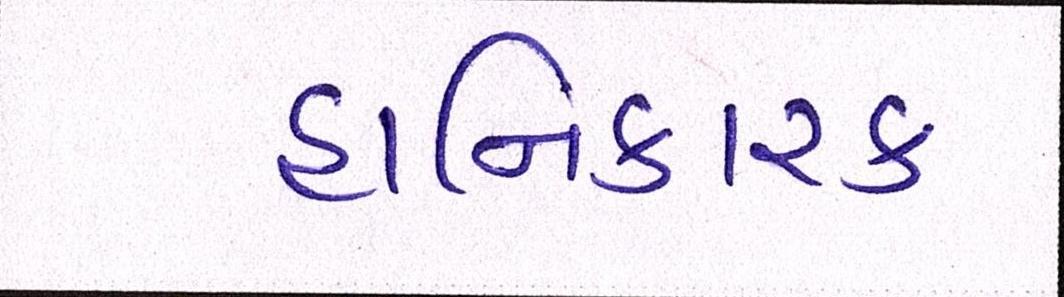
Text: હાનિકારક